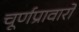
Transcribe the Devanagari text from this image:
चूर्णप्रावारो